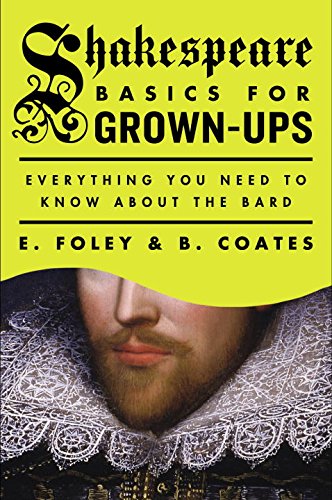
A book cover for Shakespeare Basics for Grown-Ups: Everything You Need to Know About the Bard; E. Foley; Biographies & Memoirs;